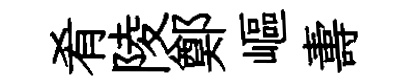
肴陵鄭嶇夀